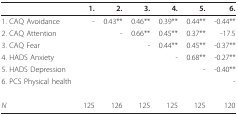
<table><thead><tr><td></td><td><b>1.</b></td><td><b>2.</b></td><td><b>3.</b></td><td><b>4.</b></td><td><b>5.</b></td><td><b>6.</b></td></tr></thead><tbody><tr><td>1. CAQ Avoidance</td><td>-</td><td>0.43**</td><td>0.46**</td><td>0.39**</td><td>0.44**</td><td>-0.44**</td></tr><tr><td>2. CAQ Attention</td><td></td><td>-</td><td>0.66**</td><td>0.45**</td><td>0.37**</td><td>-17.5</td></tr><tr><td>3. CAQ Fear</td><td></td><td></td><td>-</td><td>0.44**</td><td>0.45**</td><td>-0.37**</td></tr><tr><td>4. HADS Anxiety</td><td></td><td></td><td></td><td>-</td><td>0.68**</td><td>-0.27**</td></tr><tr><td>5. HADS Depression</td><td></td><td></td><td></td><td></td><td>-</td><td>-0.40**</td></tr><tr><td>6. PCS Physical health</td><td></td><td></td><td></td><td></td><td></td><td>-</td></tr><tr><td><i>N</i></td><td>125</td><td>126</td><td>125</td><td>125</td><td>125</td><td>120</td></tr></tbody></table>